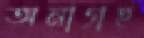
অনাগ্রহ